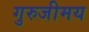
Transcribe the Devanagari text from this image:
गुरुजीमय